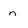
Character: n